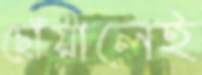
ছোঁয়ালেই